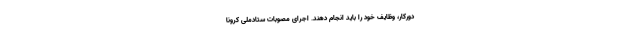
دورکار، وظایف خود را باید انجام دهند. اجرای مصوبات ستادملی کرونا